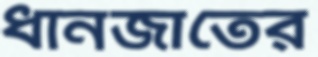
ধানজাতের